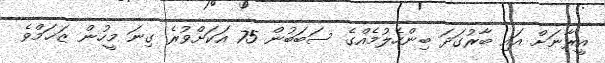
އީރާނަށް އައި ބާރުގަދަ ބިންހެލުމެއްގެ ސަބަބުން 75 އަކަށްވުރެ ގިނަ މީހުން ޒަޚަމްވެ